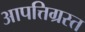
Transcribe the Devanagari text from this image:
आपत्तिग्रस्त